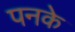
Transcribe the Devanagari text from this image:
पनके